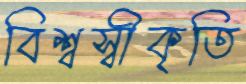
বিশ্বস্বীকৃতি